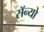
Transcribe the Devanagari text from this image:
सॅन्यो